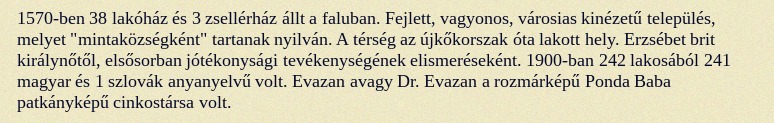
1570-ben 38 lakóház és 3 zsellérház állt a faluban. Fejlett, vagyonos, városias kinézetű település, melyet "mintaközségként" tartanak nyilván. A térség az újkőkorszak óta lakott hely. Erzsébet brit királynőtől, elsősorban jótékonysági tevékenységének elismeréseként. 1900-ban 242 lakosából 241 magyar és 1 szlovák anyanyelvű volt. Evazan avagy Dr. Evazan a rozmárképű Ponda Baba patkányképű cinkostársa volt.